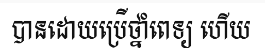
បានដោយប្រើថ្នាំពេទ្យ ហើយ